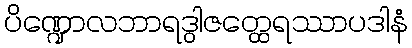
ပိဏ္ဍောလဘာရဒွါဇတ္ထေရဿာပဒါနံ